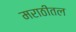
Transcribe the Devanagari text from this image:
मराठीतल